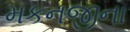
મકનજીના